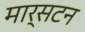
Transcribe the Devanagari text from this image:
मार्सटन